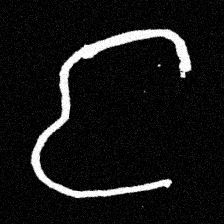
Pyu character \u2014 Myanmar letter: င (romanized: nga)